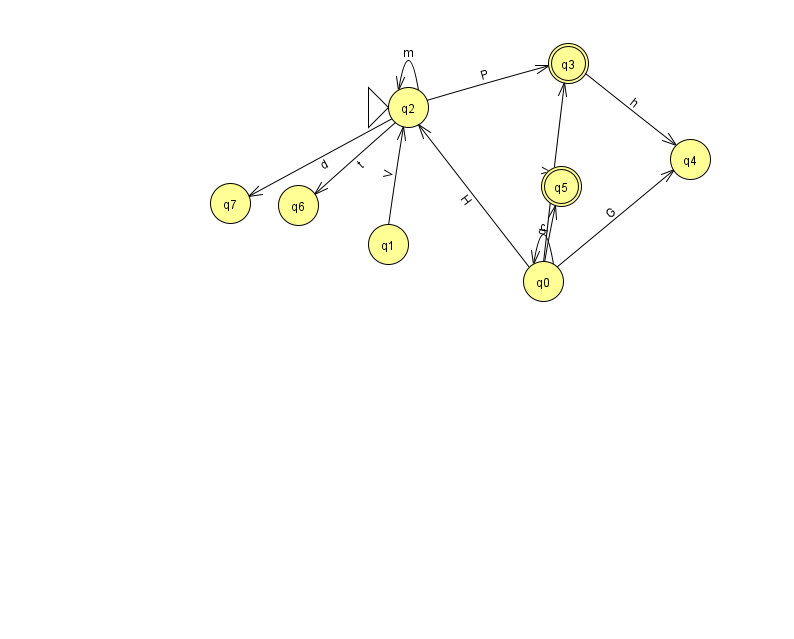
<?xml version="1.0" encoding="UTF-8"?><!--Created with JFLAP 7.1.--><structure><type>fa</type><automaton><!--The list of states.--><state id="0" name="q0"><x>543.0</x><y>268.0</y></state><state id="1" name="q1"><x>388.0</x><y>231.0</y></state><state id="2" name="q2"><x>408.0</x><y>94.0</y><initial/></state><state id="3" name="q3"><x>568.0</x><y>50.0</y><final/></state><state id="4" name="q4"><x>690.0</x><y>146.0</y></state><state id="5" name="q5"><x>561.0</x><y>173.0</y><final/></state><state id="6" name="q6"><x>298.0</x><y>192.0</y></state><state id="7" name="q7"><x>230.0</x><y>190.0</y></state><!--The list of transitions.--><transition><from>0</from><to>0</to><read>c</read></transition><transition><from>0</from><to>2</to><read>H</read></transition><transition><from>0</from><to>5</to><read>q</read></transition><transition><from>3</from><to>4</to><read>h</read></transition><transition><from>0</from><to>3</to><read>V</read></transition><transition><from>2</from><to>6</to><read>t</read></transition><transition><from>1</from><to>2</to><read>V</read></transition><transition><from>2</from><to>3</to><read>P</read></transition><transition><from>0</from><to>4</to><read>G</read></transition><transition><from>2</from><to>7</to><read>d</read></transition><transition><from>2</from><to>2</to><read>m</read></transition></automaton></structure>